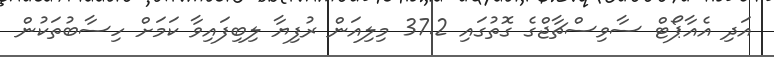
އަދި އެއާޕޯޓް ސާވިސްޗާޖްގެ ގޮތުގައި 37.2 މިލިއަން ރުފިޔާ ލިބިފައިވާ ކަމަށް ހިސާބުތަކުން